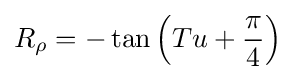
R_{\rho }=-\tan \left(Tu+{\frac {\pi }{4}}\right)